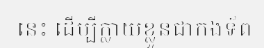
នេះ ដើម្បីក្លាយខ្លួនជាកងទ័ព